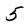
Character: 5